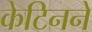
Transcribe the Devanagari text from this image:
केटिनने